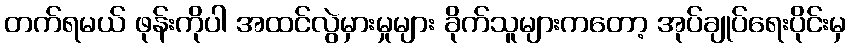
တက်ရမယ် ဖုန်းကိုပါ အထင်လွဲမှားမှုများ ခိုက်သူများကတော့ အုပ်ချုပ်ရေးပိုင်းမှ